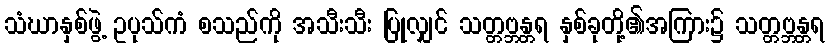
သံဃာနှစ်ဖွဲ့ ဥပုသ်ကံ စသည်ကို အသီးသီး ပြုလျှင် သတ္တဗ္ဘန္တရ နှစ်ခုတို့၏အကြား၌ သတ္တဗ္ဘန္တရ